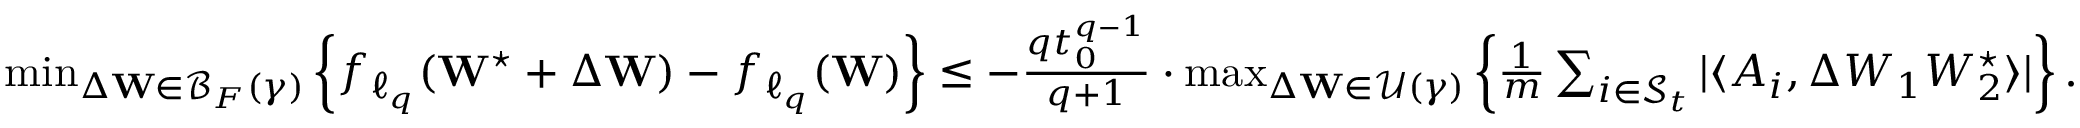
\begin{array} { r } { \operatorname* { m i n } _ { \Delta \mathbf { W } \in \mathcal { B } _ { F } ( \gamma ) } \left\{ f _ { \ell _ { q } } ( \mathbf { W } ^ { \star } + \Delta \mathbf { W } ) - f _ { \ell _ { q } } ( \mathbf { W } ) \right\} \leq - \frac { q t _ { 0 } ^ { q - 1 } } { q + 1 } \cdot \operatorname* { m a x } _ { \Delta \mathbf { W } \in \mathcal { U } ( \gamma ) } \left\{ \frac { 1 } { m } \sum _ { i \in { \mathcal { S } _ { t } } } | \langle A _ { i } , \Delta W _ { 1 } W _ { 2 } ^ { \star } \rangle | \right\} . } \end{array}